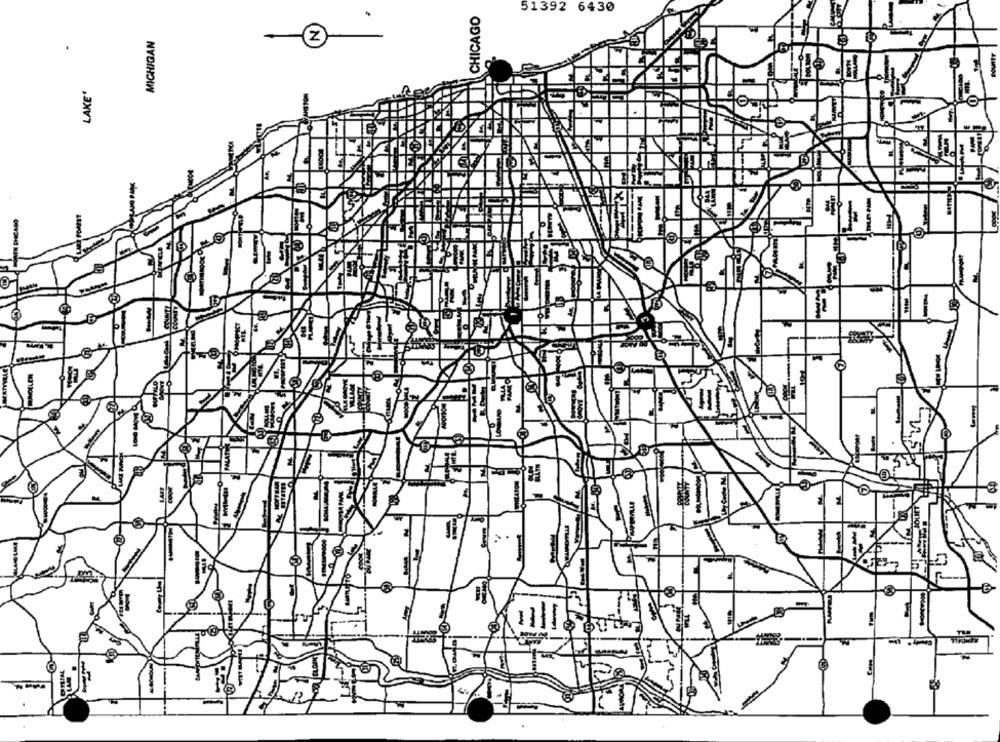
51392 6430
CHICAGO
MICHIGAN
.
LAKE'
DUNIELE
1
PALATE
POMLu
JOLIET
OLAKE
-